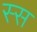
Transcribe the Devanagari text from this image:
स्स